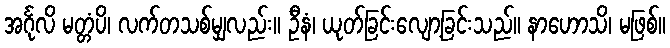
အင်္ဂုလိ မတ္တံပိ၊ လက်တသစ်မျှလည်း။ ဦနံ၊ ယုတ်ခြင်းလျော့ခြင်းသည်။ နာဟောသိ၊ မဖြစ်။